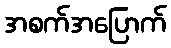
အစက်အပြောက်